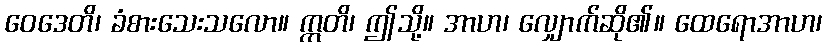
ဝေဒေတိ၊ ခံစားသေးသလော။ ဣတိ၊ ဤသို့။ အာဟ၊ လျှောက်ဆို၏။ ထေရောအာဟ၊